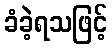
ခံခဲ့ရသဖြင့်